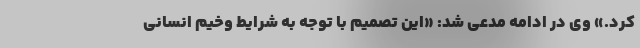
کرد.» وی در ادامه مدعی شد: «این تصمیم با توجه به شرایط وخیم انسانی